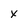
Character: x